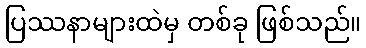
ပြဿနာများထဲမှ တစ်ခု ဖြစ်သည်။